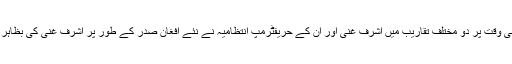
ایک غیر معمولی پیش رفت میں پیر نو مارچ کو ایک ہی دن اور تقریباً ایک ہی وقت پر دو مختلف تقاریب میں اشرف غنی اور ان کے حریفٹرمپ انتظامیہ نے نئے افغان صدر کے طور پر اشرف غنی کی بظاہر حمایت کرتے ہوئے ملک میں متوازی حکومت کے قیام کی مخالفت کی ہے۔